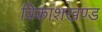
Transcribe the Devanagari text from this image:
विकाशखण्ड